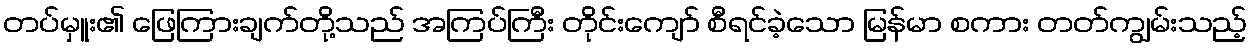
တပ်မှူး၏ ဖြေကြားချက်တို့သည် အကြပ်ကြီး တိုင်းကျော် စီရင်ခဲ့သော မြန်မာ စကား တတ်ကျွမ်းသည့်